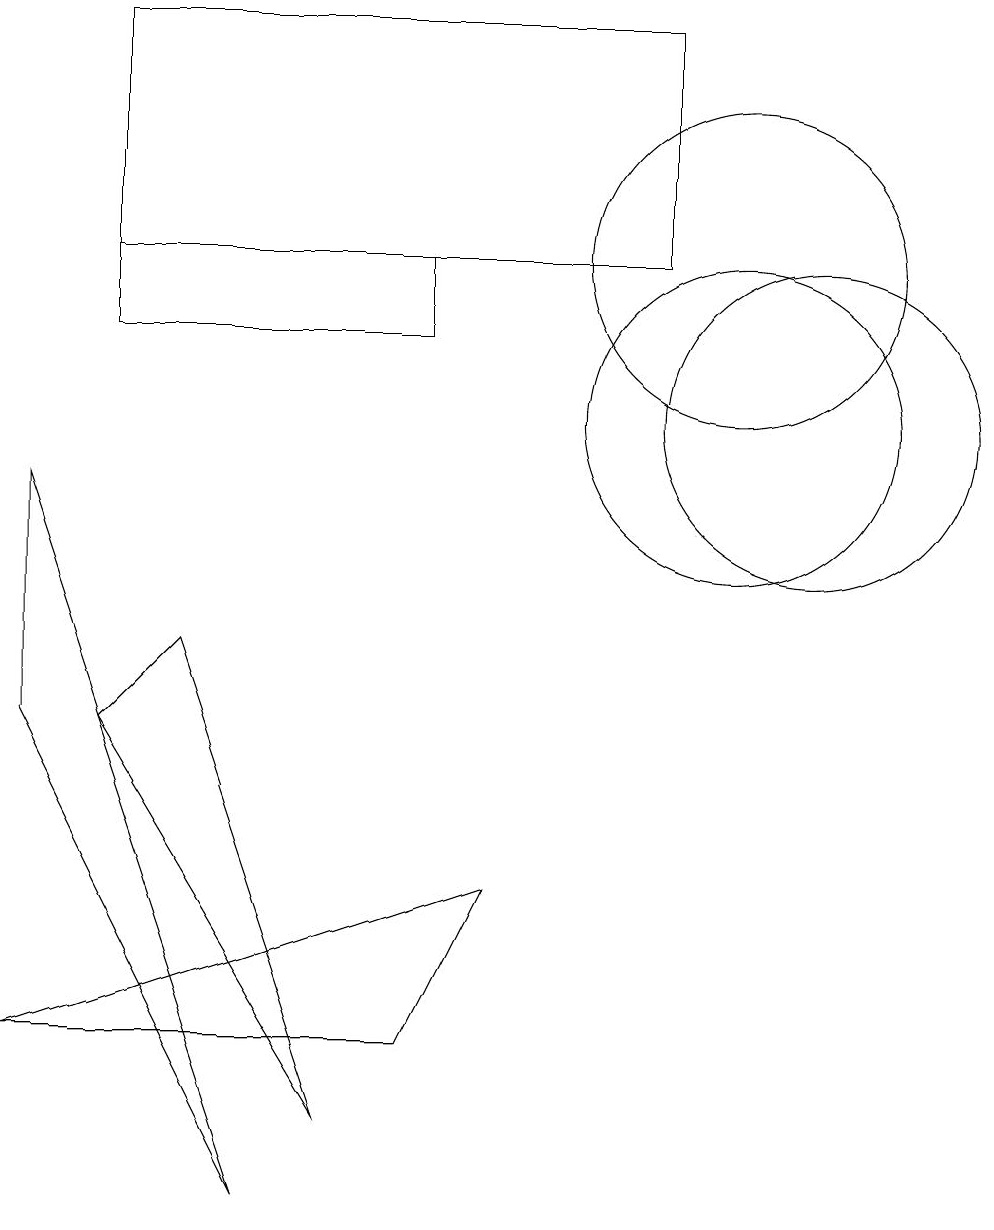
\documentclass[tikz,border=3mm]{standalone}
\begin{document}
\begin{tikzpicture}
\draw (10,12) circle (2);
\draw (1,6) -- (1,9) -- (4,0) -- cycle;
\draw (2,12) rectangle (9,15);
\draw (10,10) circle (2);
\draw (6,11) rectangle (2,12);
\draw (3,7) -- (2,6) -- (5,1) -- cycle;
\draw (11,10) circle (2);
\draw (7,4) -- (1,2) -- (6,2) -- cycle;
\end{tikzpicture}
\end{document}